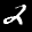
Label: 2